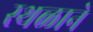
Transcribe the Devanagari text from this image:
स्थळाने